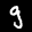
Label: 9